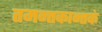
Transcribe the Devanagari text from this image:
तमन्तकान्तकं